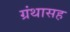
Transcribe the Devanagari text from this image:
ग्रंथासह